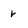
Character: r